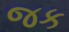
જક